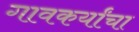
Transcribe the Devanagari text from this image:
गावकर्यांचा